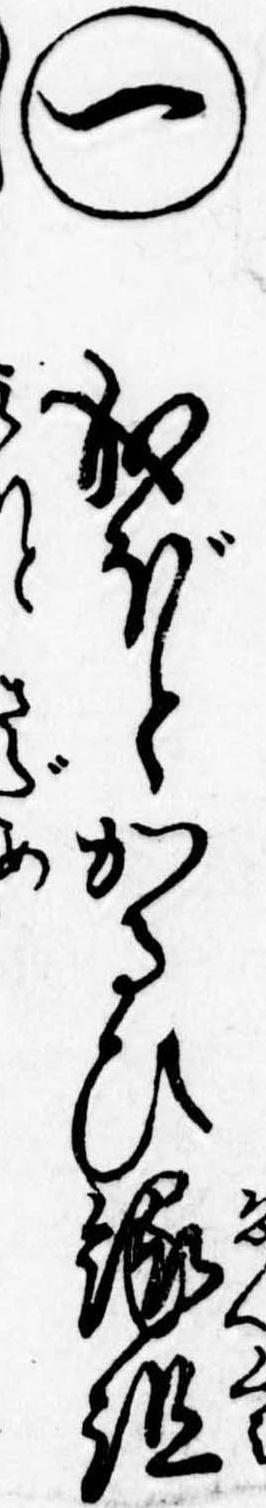
㊀成ほどかるひ縁組